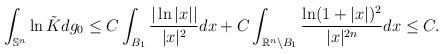
LaTeX: \begin{align*}\int_{\mathbb{S}^n}\ln \tilde{K}dg_0\leq C\int_{B_1}\frac{ |\ln |x||}{|x|^{2}}dx+C\int_{\mathbb{R}^n\backslash B_1}\frac{ \ln (1+|x|)^2}{|x|^{2n}}dx\leq C.\end{align*}